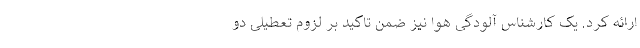
ارائه کرد. یک کارشناس آلودگی هوا نیز ضمن تاکید بر لزوم تعطیلی دو